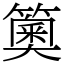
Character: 䉛